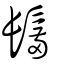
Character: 鬗